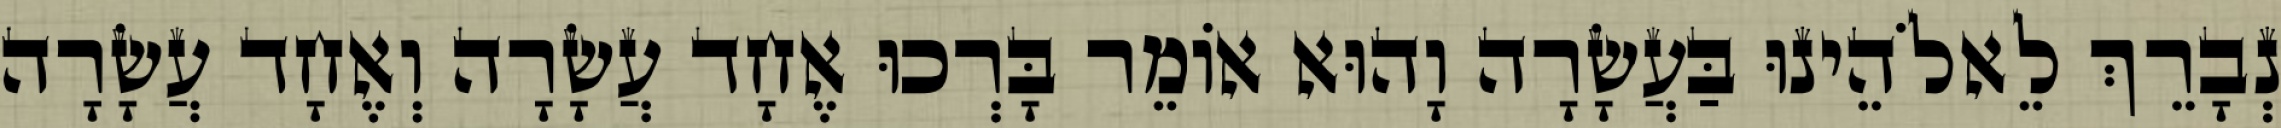
נְבָרֵךְ לֵאלֹהֵינוּ בַּעֲשָׂרָה וָהוּא אוֹמֵר בָּרְכוּ אֶחָד עֲשָׂרָה וְאֶחָד עֲשָׂרָה